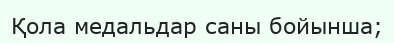
Қола медальдар саны бойынша;